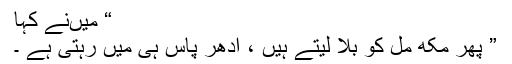
“ میںنے کہا
” پھر مکھ مل کو بلا لیتے ہیں ، ادھر پاس ہی میں رہتی ہے ۔